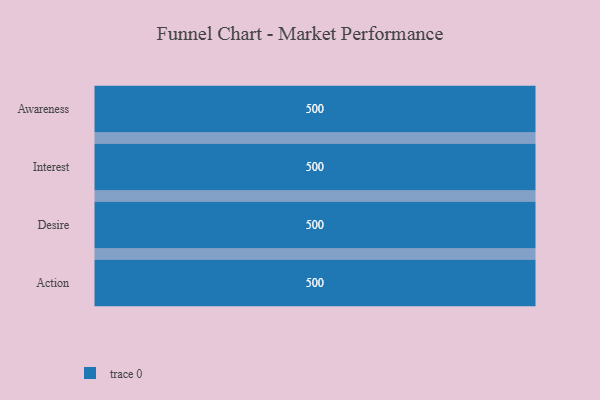
{"axis": {"x": "Stage", "y": "Value"}, "legend": [""], "data": [{"x": "Awareness", "y": 500, "type": ""}, {"x": "Interest", "y": 500, "type": ""}, {"x": "Desire", "y": 500, "type": ""}, {"x": "Action", "y": 500, "type": ""}]}